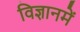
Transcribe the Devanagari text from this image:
विज्ञानमें